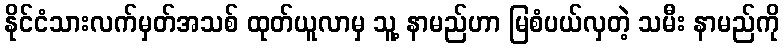
နိုင်ငံသားလက်မှတ်အသစ် ထုတ်ယူလာမှ သူ့ နာမည်ဟာ မြစံပယ်လှတဲ့ သမီး နာမည်ကို